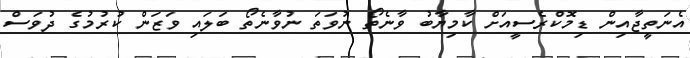
އެނަތީޖާއިން ޑިމޮކްރެސީއަށް ކާމިޔާބު ވާނެތޯ ނުވަތަ ނުވާނެތޯ ބަލައި ވަޒަން ކުރުމުގެ ދުވަސް